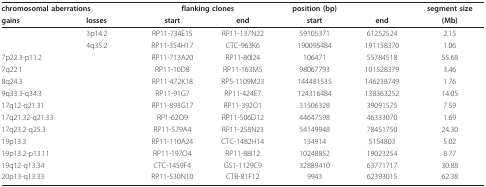
<table><thead><tr><td colspan="2"><b>chromosomal aberrations</b></td><td colspan="2"><b>flanking clones</b></td><td><b>position (bp)</b></td><td></td><td><b>segment size</b></td></tr><tr><td><b>gains</b></td><td><b>losses</b></td><td><b>start</b></td><td><b>end</b></td><td><b>start</b></td><td><b>end</b></td><td><b>(Mb)</b></td></tr></thead><tbody><tr><td></td><td>3p14.2</td><td>RP11-734E15</td><td>RP11-137N22</td><td>59105371</td><td>61252524</td><td>2.15</td></tr><tr><td></td><td>4q35.2</td><td>RP11-354H17</td><td>CTC-963K6</td><td>190095484</td><td>191158370</td><td>1.06</td></tr><tr><td>7p22.3-p11.2</td><td></td><td>RP11-713A20</td><td>RP11-80l24</td><td>106471</td><td>55784518</td><td>55.68</td></tr><tr><td>7q22.1</td><td></td><td>RP11-10D8</td><td>RP11-163M5</td><td>98067793</td><td>101528379</td><td>3.46</td></tr><tr><td>8q24.3</td><td></td><td>RP11-472K18</td><td>RP5-1109M23</td><td>144481535</td><td>146238749</td><td>1.76</td></tr><tr><td>9q33.3-q34.3</td><td></td><td>RP11-91G7</td><td>RP11-424E7</td><td>124316484</td><td>138363252</td><td>14.05</td></tr><tr><td>17q12-q21.31</td><td></td><td>RP11-893G17</td><td>RP11-392O1</td><td>31506328</td><td>39091575</td><td>7.59</td></tr><tr><td>17q21.32-q21.33</td><td></td><td>RP1-62O9</td><td>RP11-506D12</td><td>44647598</td><td>46333070</td><td>1.69</td></tr><tr><td>17q23.2-q25.3</td><td></td><td>RP11-579A4</td><td>RP11-258N23</td><td>54149948</td><td>78451750</td><td>24.30</td></tr><tr><td>19p13.3</td><td></td><td>RP11-110A24</td><td>CTC-1482H14</td><td>134914</td><td>5154803</td><td>5.02</td></tr><tr><td>19p13.2-p13.11</td><td></td><td>RP11-197O4</td><td>RP11-88I12</td><td>10248852</td><td>19023254</td><td>8.77</td></tr><tr><td>19q12-q13.34</td><td></td><td>CTC-1459F4</td><td>GS1-1129C9</td><td>32889410</td><td>63771717</td><td>30.88</td></tr><tr><td>20p13-q13.33</td><td></td><td>RP11-530N10</td><td>CTB-81F12</td><td>9943</td><td>62393015</td><td>62.38</td></tr></tbody></table>